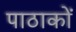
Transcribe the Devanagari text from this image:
पाठाकों